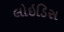
લોઇડિસ